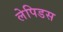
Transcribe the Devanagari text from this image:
लेपिडस